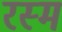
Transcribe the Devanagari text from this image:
रस्‍म